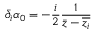
\bar { \partial } _ { i } \alpha _ { 0 } = - \frac { i } { 2 } \frac { 1 } { \bar { z } - \overline { { z _ { i } } } }